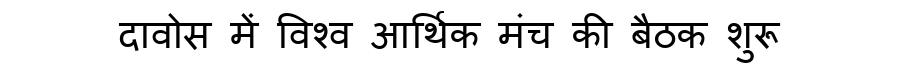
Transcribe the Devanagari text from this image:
दावोस में विश्व आर्थिक मंच की बैठक शुरू